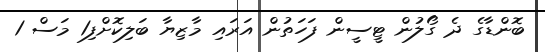
ބޮންޑާގެ ދެ ގޯލުން ޓީސީން ފަހަތުން އަރައި މާޒިޔާ ބަލިކޮށްފި1 މަސް 1